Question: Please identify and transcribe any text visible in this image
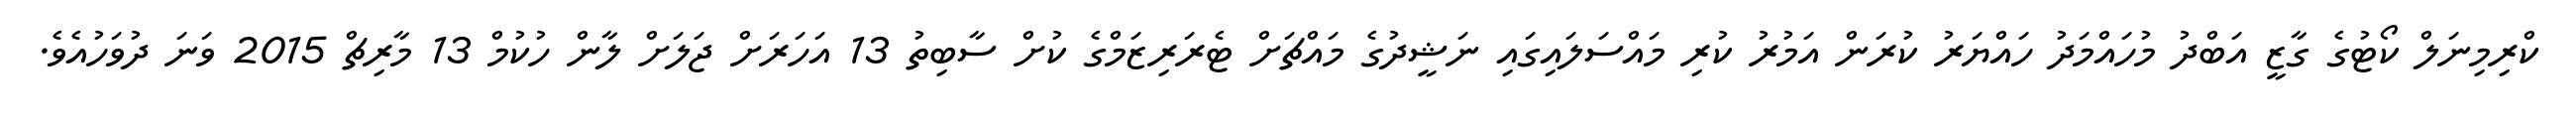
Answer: ކްރިމިނަލް ކޯޓުގެ ގާޒީ އަބްދު މުހައްމަދު ހައްޔަރު ކުރަން އަމުރު ކުރި މައްސަލައިގައި ނަޝީދުގެ މައްޗަށް ޓެރަރިޒަމްގެ ކުށް ސާބިތު 13 އަހަރަށް ޖަލަށް ލާން ހުކުމް 13 މާރިޗް 2015 ވަނަ ދުވަހުއެވެ.